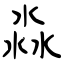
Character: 淼